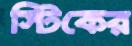
স্টিকের